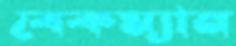
বেকম্যান